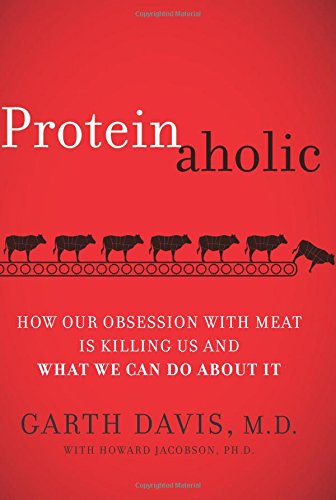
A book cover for Proteinaholic: How Our Obsession with Meat Is Killing Us and What We Can Do About It; Garth, M.D. Davis; Health, Fitness & Dieting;